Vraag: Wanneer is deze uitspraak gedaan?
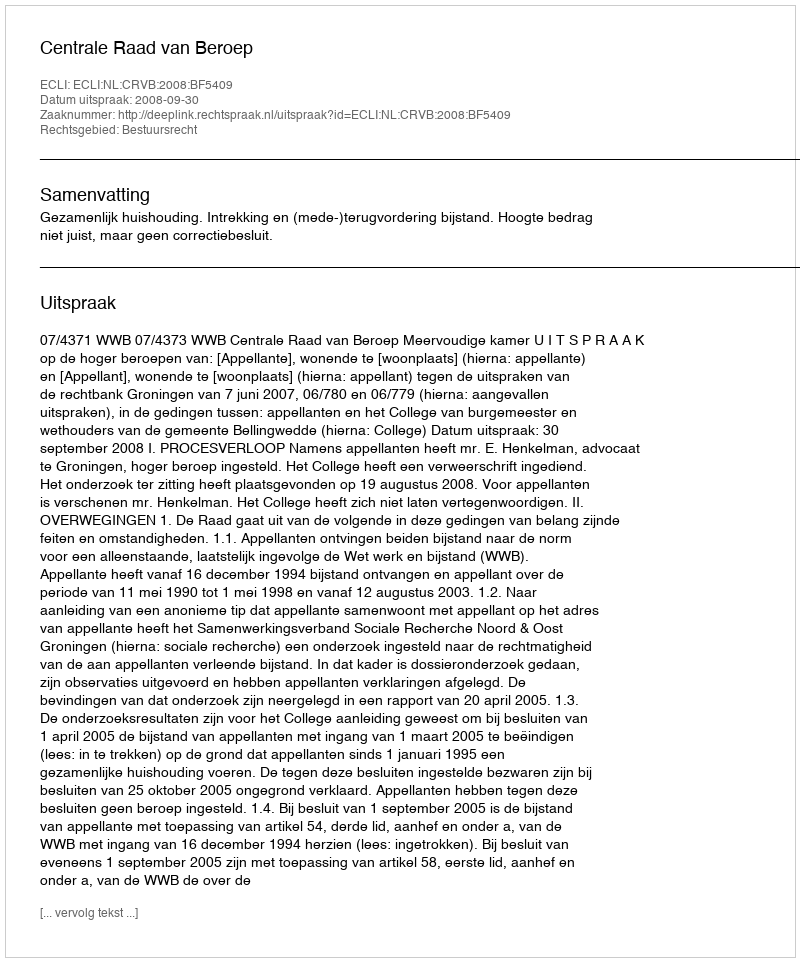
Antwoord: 2008-09-30